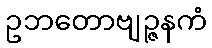
ဥဘတောဗျဉ္ဇနကံ